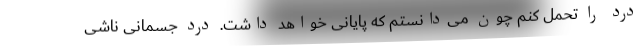
درد را تحمل کنم چون می‌دانستم که پایانی خواهد داشت. درد جسمانی ناشی